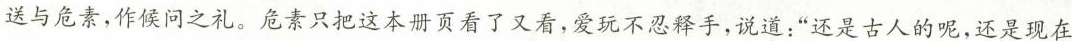
送与危素，作候问之礼。危素只把这本册页看了又看，爱玩不忍释手，说道；”还是古人的呢，还是现在